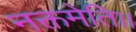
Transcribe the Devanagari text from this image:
नक्तमेति।।